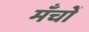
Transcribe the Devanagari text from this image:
मँचों